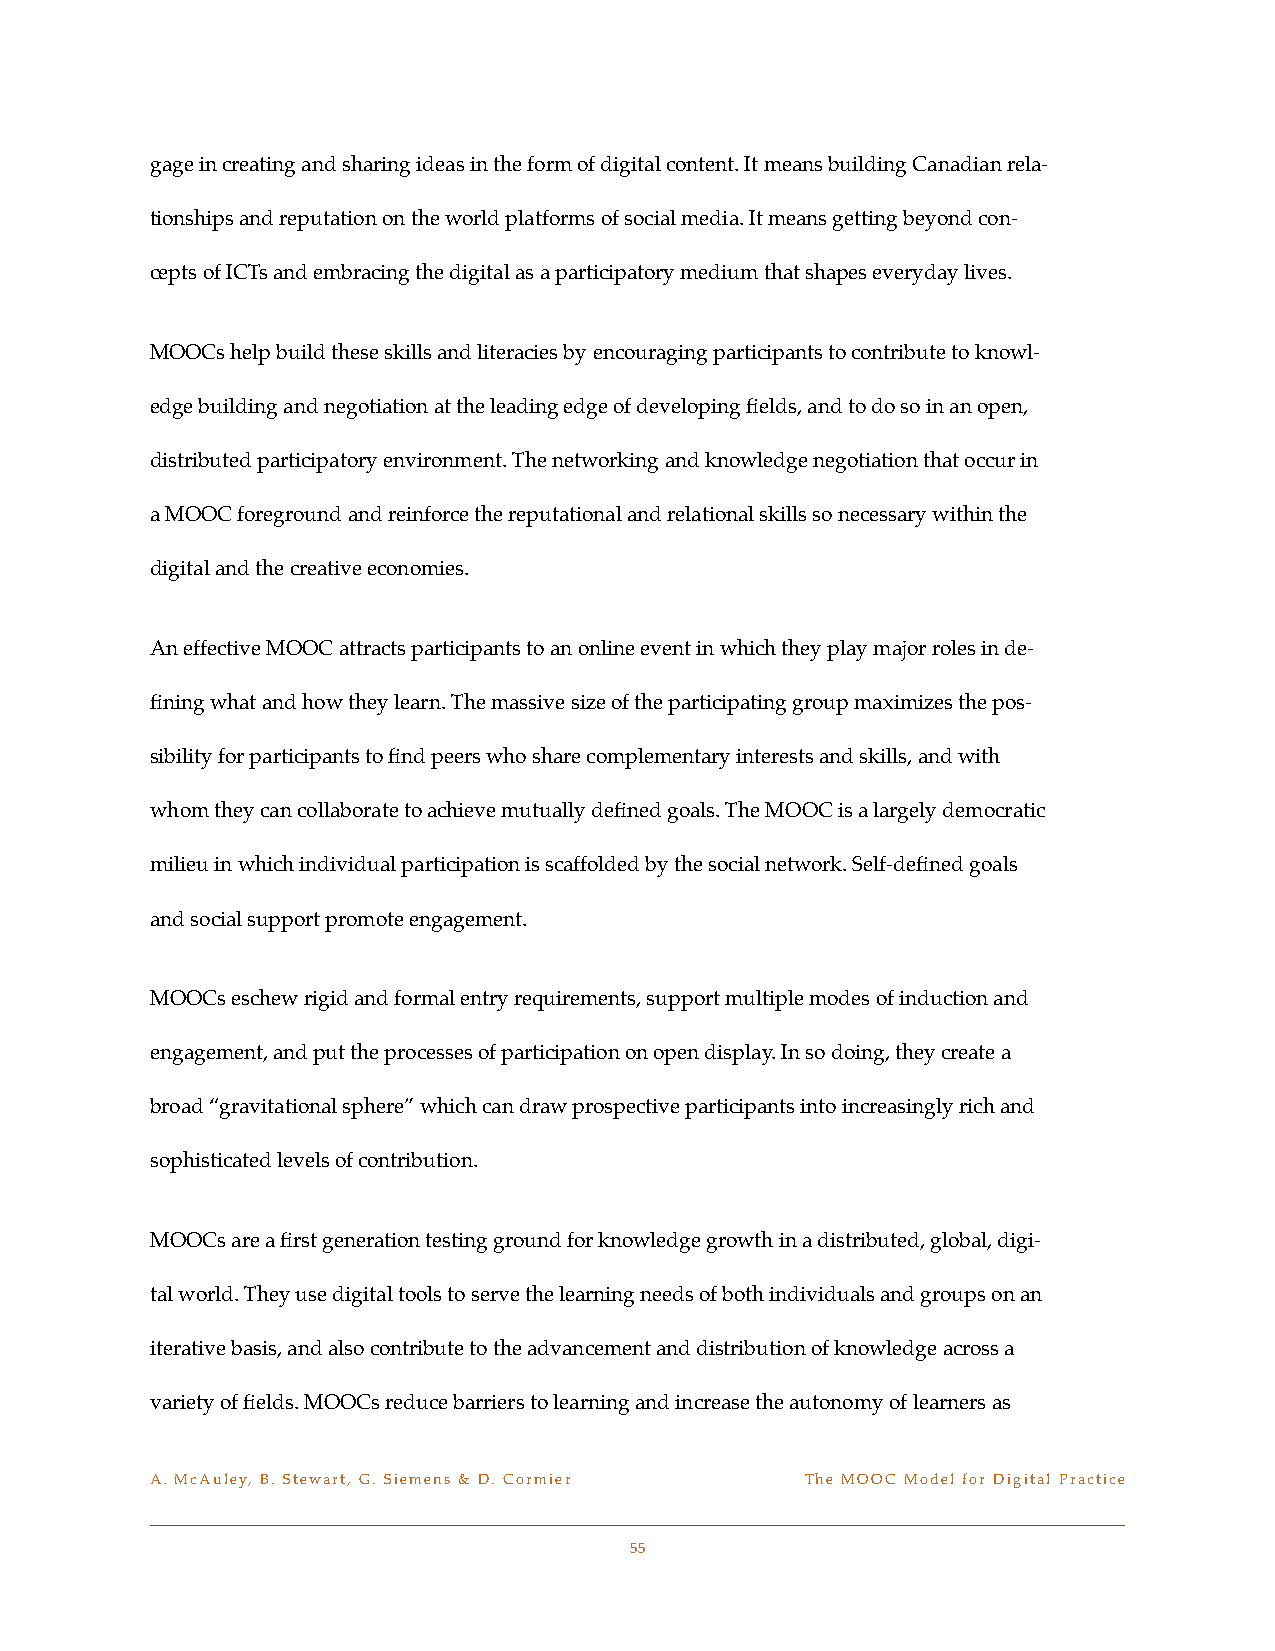
gage in creating and sharing ideas in the form of digital content. It means building Canadian rela-
 tionships and reputation on the world platforms of social media. It means getting beyond con-
 cepts of ICTs and embracing the digital as a participatory medium that shapes everyday lives.
 MOOCs help build these skills and literacies by encouraging participants to contribute to knowl-
 edge building and negotiation at the leading edge of developing fields, and to do so in an open,
 distributed participatory environment. The networking and knowledge negotiation that occur in
 a MOOC foreground and reinforce the reputational and relational skills so necessary within the
 digital and the creative economies.
 An effective MOOC attracts participants to an online event in which they play major roles in de-
 fining what and how they learn. The massive size of the participating group maximizes the pos-
 sibility for participants to find peers who share complementary interests and skills, and with
 whom they can collaborate to achieve mutually defined goals. The MOOC is a largely democratic
 milieu in which individual participation is scaffolded by the social network. Self-defined goals
 and social support promote engagement.
 MOOCs eschew rigid and formal entry requirements, support multiple modes of induction and
 engagement, and put the processes of participation on open display. In so doing, they create a
 broad “gravitational sphere” which can draw prospective participants into increasingly rich and
 sophisticated levels of contribution.
 MOOCs are a first generation testing ground for knowledge growth in a distributed, global, digi-
 tal world. They use digital tools to serve the learning needs of both individuals and groups on an
 iterative basis, and also contribute to the advancement and distribution of knowledge across a
 variety of fields. MOOCs reduce barriers to learning and increase the autonomy of learners as
 A. McAuley, B. Stewart, G. Siemens & D. Cormier! The MOOC Model for Digital Practice
 55